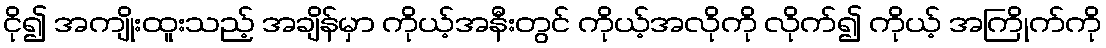
ငို၍ အကျိုးထူးသည့် အချိန်မှာ ကိုယ့်အနီးတွင် ကိုယ့်အလိုကို လိုက်၍ ကိုယ့် အကြိုက်ကို